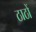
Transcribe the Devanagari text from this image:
ठाठों